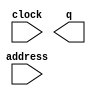
// megafunction wizard: %ROM: 1-PORT%VBB%
// GENERATION: STANDARD
// VERSION: WM1.0
// MODULE: altsyncram 

// ============================================================
// Megafunction Name(s):
// 			altsyncram
//
// Simulation Library Files(s):
// 			altera_mf
// ============================================================
// ************************************************************
// THIS IS A WIZARD-GENERATED FILE. DO NOT EDIT THIS FILE!
//
// 13.0.0 Build 156 04/24/2013 SJ Full Version
// ************************************************************

//Copyright (C) 1991-2013 Altera Corporation
//Your use of Altera Corporation's design tools, logic functions 
//and other software and tools, and its AMPP partner logic 
//functions, and any output files from any of the foregoing 
//(including device programming or simulation files), and any 
//associated documentation or information are expressly subject 
//to the terms and conditions of the Altera Program License 
//Subscription Agreement, Altera MegaCore Function License 
//Agreement, or other applicable license agreement, including, 
//without limitation, that your use is for the sole purpose of 
//programming logic devices manufactured by Altera and sold by 
//Altera or its authorized distributors.  Please refer to the 
//applicable agreement for further details.

module n_7 (
	address,
	clock,
	q);

	input	[11:0]  address;
	input	  clock;
	output	[17:0]  q;
`ifndef ALTERA_RESERVED_QIS
// synopsys translate_off
`endif
	tri1	  clock;
`ifndef ALTERA_RESERVED_QIS
// synopsys translate_on
`endif

endmodule

// ============================================================
// CNX file retrieval info
// ============================================================
// Retrieval info: PRIVATE: ADDRESSSTALL_A NUMERIC "0"
// Retrieval info: PRIVATE: AclrAddr NUMERIC "0"
// Retrieval info: PRIVATE: AclrByte NUMERIC "0"
// Retrieval info: PRIVATE: AclrOutput NUMERIC "0"
// Retrieval info: PRIVATE: BYTE_ENABLE NUMERIC "0"
// Retrieval info: PRIVATE: BYTE_SIZE NUMERIC "9"
// Retrieval info: PRIVATE: BlankMemory NUMERIC "0"
// Retrieval info: PRIVATE: CLOCK_ENABLE_INPUT_A NUMERIC "0"
// Retrieval info: PRIVATE: CLOCK_ENABLE_OUTPUT_A NUMERIC "0"
// Retrieval info: PRIVATE: Clken NUMERIC "0"
// Retrieval info: PRIVATE: IMPLEMENT_IN_LES NUMERIC "0"
// Retrieval info: PRIVATE: INIT_FILE_LAYOUT STRING "PORT_A"
// Retrieval info: PRIVATE: INIT_TO_SIM_X NUMERIC "0"
// Retrieval info: PRIVATE: INTENDED_DEVICE_FAMILY STRING "Cyclone IV GX"
// Retrieval info: PRIVATE: JTAG_ENABLED NUMERIC "0"
// Retrieval info: PRIVATE: JTAG_ID STRING "NONE"
// Retrieval info: PRIVATE: MAXIMUM_DEPTH NUMERIC "0"
// Retrieval info: PRIVATE: MIFfilename STRING "7.mif"
// Retrieval info: PRIVATE: NUMWORDS_A NUMERIC "3599"
// Retrieval info: PRIVATE: RAM_BLOCK_TYPE NUMERIC "0"
// Retrieval info: PRIVATE: RegAddr NUMERIC "1"
// Retrieval info: PRIVATE: RegOutput NUMERIC "1"
// Retrieval info: PRIVATE: SYNTH_WRAPPER_GEN_POSTFIX STRING "0"
// Retrieval info: PRIVATE: SingleClock NUMERIC "1"
// Retrieval info: PRIVATE: UseDQRAM NUMERIC "0"
// Retrieval info: PRIVATE: WidthAddr NUMERIC "12"
// Retrieval info: PRIVATE: WidthData NUMERIC "18"
// Retrieval info: PRIVATE: rden NUMERIC "0"
// Retrieval info: LIBRARY: altera_mf altera_mf.altera_mf_components.all
// Retrieval info: CONSTANT: ADDRESS_ACLR_A STRING "NONE"
// Retrieval info: CONSTANT: CLOCK_ENABLE_INPUT_A STRING "BYPASS"
// Retrieval info: CONSTANT: CLOCK_ENABLE_OUTPUT_A STRING "BYPASS"
// Retrieval info: CONSTANT: INIT_FILE STRING "7.mif"
// Retrieval info: CONSTANT: INTENDED_DEVICE_FAMILY STRING "Cyclone IV GX"
// Retrieval info: CONSTANT: LPM_HINT STRING "ENABLE_RUNTIME_MOD=NO"
// Retrieval info: CONSTANT: LPM_TYPE STRING "altsyncram"
// Retrieval info: CONSTANT: NUMWORDS_A NUMERIC "3599"
// Retrieval info: CONSTANT: OPERATION_MODE STRING "ROM"
// Retrieval info: CONSTANT: OUTDATA_ACLR_A STRING "NONE"
// Retrieval info: CONSTANT: OUTDATA_REG_A STRING "CLOCK0"
// Retrieval info: CONSTANT: WIDTHAD_A NUMERIC "12"
// Retrieval info: CONSTANT: WIDTH_A NUMERIC "18"
// Retrieval info: CONSTANT: WIDTH_BYTEENA_A NUMERIC "1"
// Retrieval info: USED_PORT: address 0 0 12 0 INPUT NODEFVAL "address[11..0]"
// Retrieval info: USED_PORT: clock 0 0 0 0 INPUT VCC "clock"
// Retrieval info: USED_PORT: q 0 0 18 0 OUTPUT NODEFVAL "q[17..0]"
// Retrieval info: CONNECT: @address_a 0 0 12 0 address 0 0 12 0
// Retrieval info: CONNECT: @clock0 0 0 0 0 clock 0 0 0 0
// Retrieval info: CONNECT: q 0 0 18 0 @q_a 0 0 18 0
// Retrieval info: GEN_FILE: TYPE_NORMAL n_7.v TRUE
// Retrieval info: GEN_FILE: TYPE_NORMAL n_7.inc FALSE
// Retrieval info: GEN_FILE: TYPE_NORMAL n_7.cmp FALSE
// Retrieval info: GEN_FILE: TYPE_NORMAL n_7.bsf FALSE
// Retrieval info: GEN_FILE: TYPE_NORMAL n_7_inst.v TRUE
// Retrieval info: GEN_FILE: TYPE_NORMAL n_7_bb.v TRUE
// Retrieval info: LIB_FILE: altera_mf